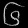
Digit: ၆